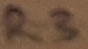
Text: R3